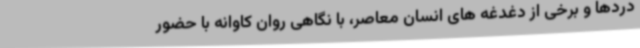
دردها و برخی از دغدغه های انسان معاصر، با نگاهی روان کاوانه با حضور